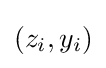
(z_{i},y_{i})